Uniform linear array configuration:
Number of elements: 64
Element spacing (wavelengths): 0.25
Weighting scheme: hamming
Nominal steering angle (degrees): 45
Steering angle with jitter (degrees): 43.732
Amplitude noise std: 0.05
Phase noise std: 0.05

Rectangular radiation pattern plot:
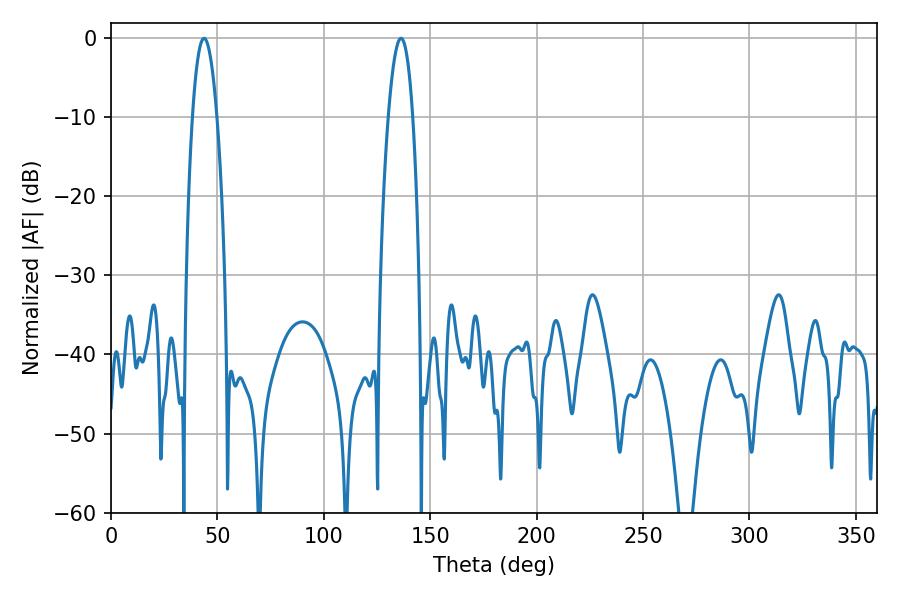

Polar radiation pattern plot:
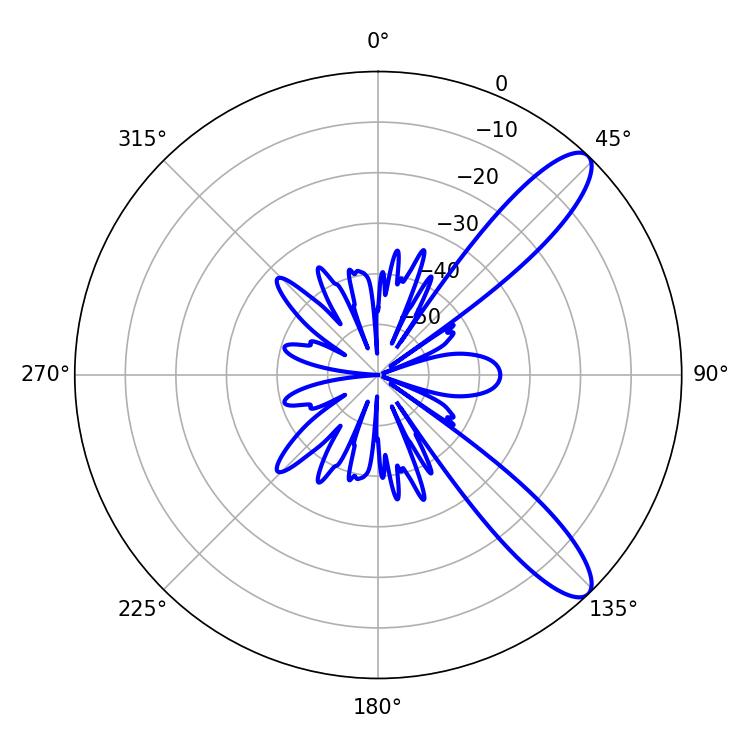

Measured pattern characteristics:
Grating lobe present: FALSE
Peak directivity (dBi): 10.828
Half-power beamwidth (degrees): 6.3
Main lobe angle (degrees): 43.74